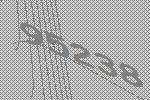
95238